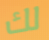
لك